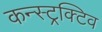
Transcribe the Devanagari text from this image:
कन्स्ट्रक्टिव